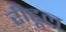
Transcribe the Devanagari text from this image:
रीटूल